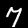
Label: 7